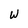
Character: W